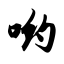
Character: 哟